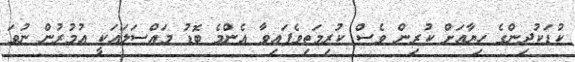
ކުޑަކުދިންގެ ހިޔާއަށް ކުރިން ވެސް ކުރިމަތިވެފައިވާ އެންމެ ބޮޑު މައްސަލައަކީ އުމުރުން ނުވަ